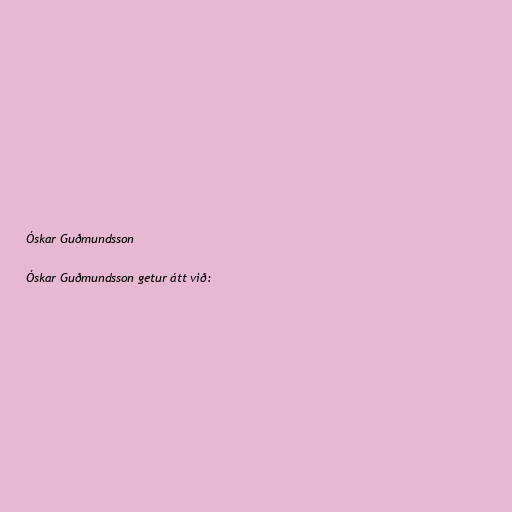
Óskar Guðmundsson

Óskar Guðmundsson getur átt við: